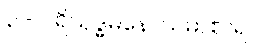
၃ - ပရိသုဒ္ဓမနောသမာစာရ